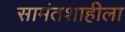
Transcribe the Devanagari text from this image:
सामंतशाहीला